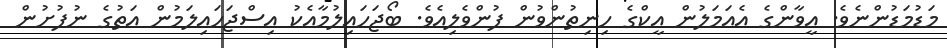
މަޑުމަޑުންނެވެ. އީވާންގެ އެއަމަލުން އީކްގެ ހިނިތުންވުން ފުންވެލިއެވެ. ބޯޖަހައިލުމާއެކު އިސްޖަހައިލަމުން އަތުގެ ނުފުށުން